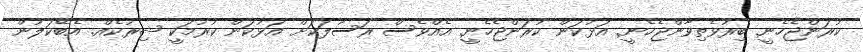
ކުރަންޖެހެނީ